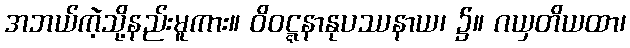
အဘယ်ကဲ့သို့နည်းမူကား။ ဝိဝဋ္ဋနာနုပဿနာယ၊ ၌။ ဂယှတိယထာ၊